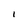
Character: I